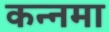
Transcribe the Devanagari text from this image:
कन्नमा